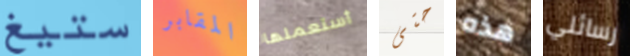
ستيغ المقابر أستعملها حتى هذه رسائلي